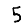
Digit: 5